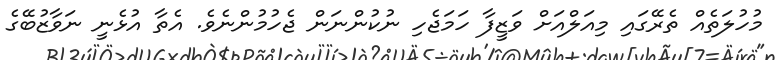
މުހުލަތެއް ތެރޭގައި މިއަލްއަށް ވަޒީފާ ހަމަޖެހި ނުކުންނަން ޖެހުމުންނެވެ. އެތާ އުޅެނީ ނަވާޒުބޭގެ